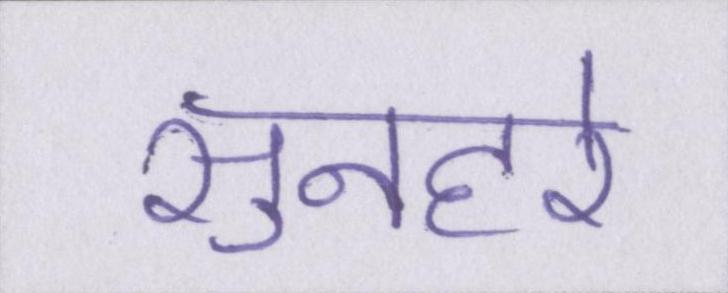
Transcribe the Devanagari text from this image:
सुनहरे